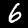
Label: 6